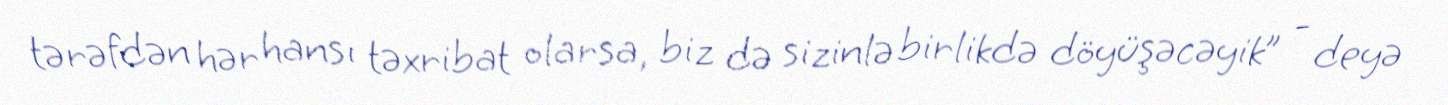
tərəfdən hər hansı təxribat olarsa, biz də sizinlə birlikdə döyüşəcəyik” - deyə